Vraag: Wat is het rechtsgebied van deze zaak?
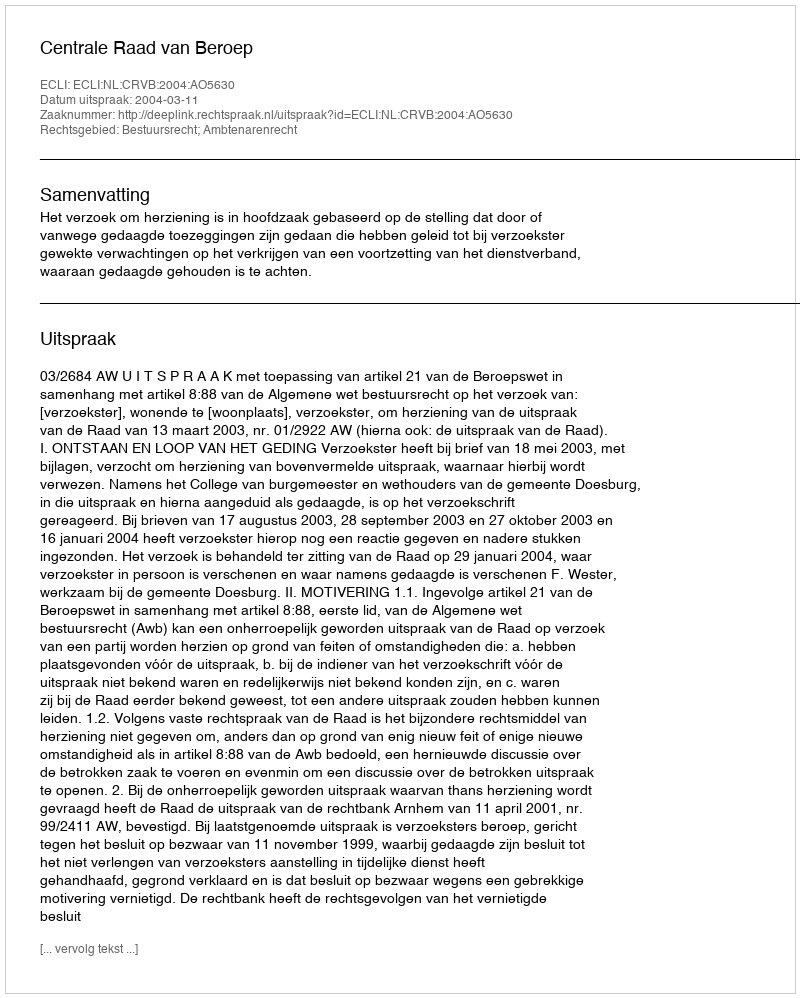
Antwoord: Bestuursrecht; Ambtenarenrecht